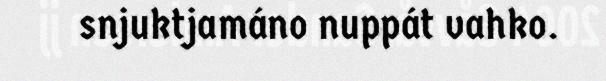
snjuktjamáno nuppát vahko.